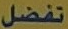
تفضل